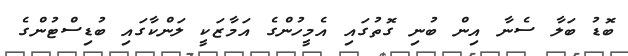
ބޮޑު ބަލާ ސެނާ އިން ބުނި ގޮތުގައި އެމީހުންގެ އަމާޒަކީ ލަންކާގައި ބުޑިސްޓުންގެ